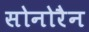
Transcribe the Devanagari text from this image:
सोनोरैन